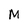
Character: M